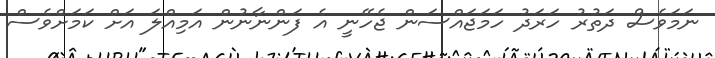
ނަމަވެސް ދަތުރު ހަރަދު ހަމަޖައްސަން ޖެހޭނީ އެ ފަންނާނުން އަމިއްލަ އަށް ކަމަށްވެސް